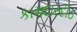
કામદારદીઠ